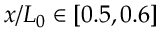
x / L _ { 0 } \in [ 0 . 5 , 0 . 6 ]